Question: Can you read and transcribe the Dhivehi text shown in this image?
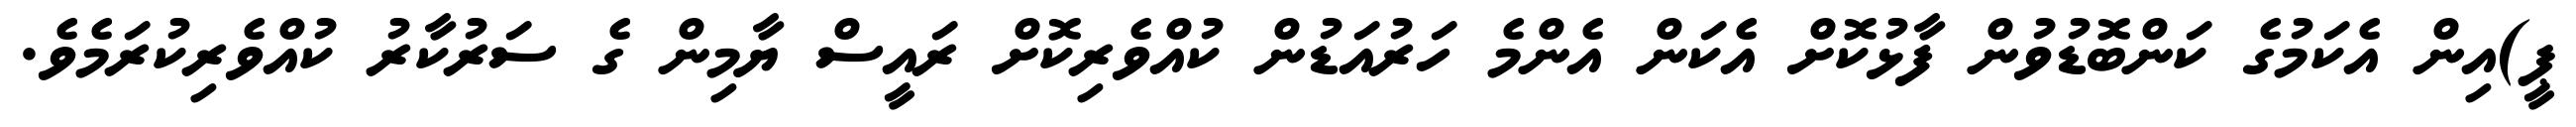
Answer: ޕީ)އިން އެކަމުގެ ކަންބޮޑުވުން ފާޅުކޮށް އެކަން އެންމެ ހަރުއަޑުން ކުއްވެރިކޮށް ރައީސް ޔާމިން ގެ ސަރުކާރު ކުއްވެރިކުރަމެވެ.